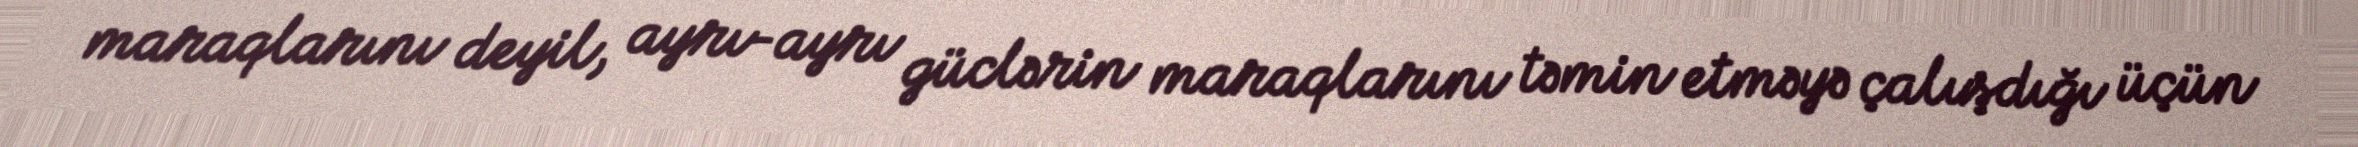
maraqlarını deyil, ayrı-ayrı güclərin maraqlarını təmin etməyə çalışdığı üçün